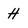
Character: H